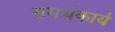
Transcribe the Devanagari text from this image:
समर्थकार्य